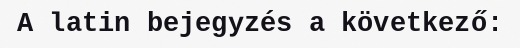
A latin bejegyzés a következő: